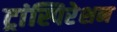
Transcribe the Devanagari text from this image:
ट्रांस्पिरेशन